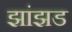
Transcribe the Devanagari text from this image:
झांझड